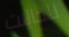
للحالات